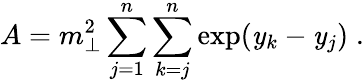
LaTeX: A=m_{\perp}^{2}\sum_{j=1}^{n}\sum_{k=j}^{n}\exp(\mathit{y}_{k}-\mathit{y}_{j})\; .